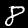
Label: 8